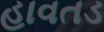
હાવતડ